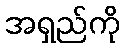
အရှည်ကို